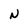
Character: N